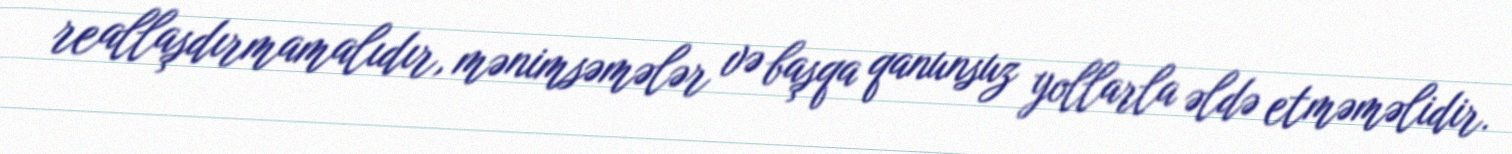
reallaşdırmamalıdır, mənimsəmələr və başqa qanunsuz yollarla əldə etməməlidir.